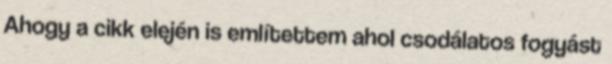
Ahogy a cikk elején is említettem ahol csodálatos fogyást